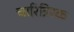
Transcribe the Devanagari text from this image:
चारित्रिरक